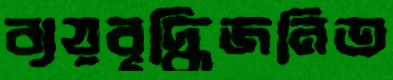
ব্যয়বৃদ্ধিজনিত